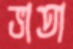
ভাতা